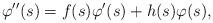
LaTeX: \begin{align*} \varphi''(s) = f(s)\varphi'(s) + h(s)\varphi(s),\end{align*}